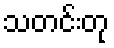
သတင်းတု